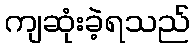
ကျဆုံးခဲ့ရသည်